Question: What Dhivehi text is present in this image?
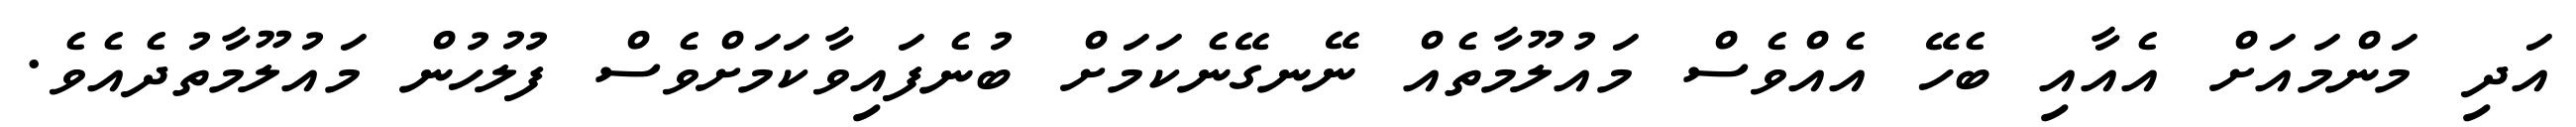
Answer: އަދި މަންމައަށް އެއާއި ބެހޭ އެއްވެސް މައުލޫމާތެއް ނޭނގޭނެކަމަށް ބުނެފައިވާކަމަށްވެސް ފުލުހުން މައުލޫމާތުދެއެވެ.